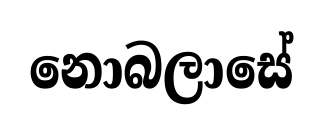
නොබලාසේ